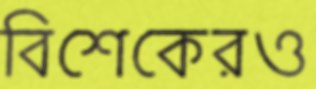
বিশেকেরও